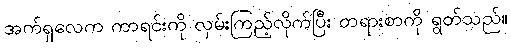
အက်ရှလေက ကာရင်းကို လှမ်းကြည့်လိုက်ပြီး တရားစာကို ရွတ်သည်။